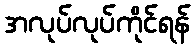
အလုပ်လုပ်ကိုင်ရန်